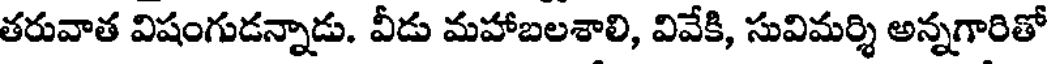
తరువాత విషంగుడన్నాడు. వీడు మహాబలశాలి, వివేకి, సువిమర్శి అన్నగారితో